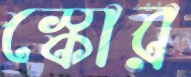
স্কোর